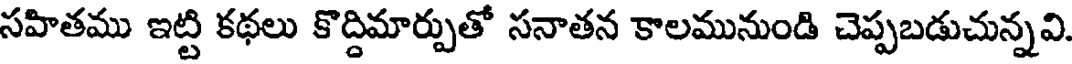
సహితము ఇట్టి కథలు కొద్దిమార్పుతో సనాతన కాలమునుండి చెప్పబడుచున్నవి.